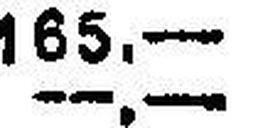
—.—